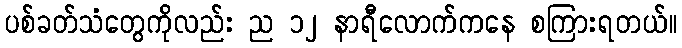
ပစ်ခတ်သံတွေကိုလည်း ည ၁၂ နာရီလောက်ကနေ စကြားရတယ်။